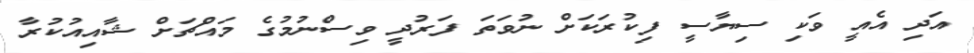
އަދި އެއީ ވަކި ސިޔާސީ ފިކުރަކަށް ނުވަތަ ފަރުދީ ވިސްނުމުގެ މައްޗަށް ޝާއިއުކުރާ